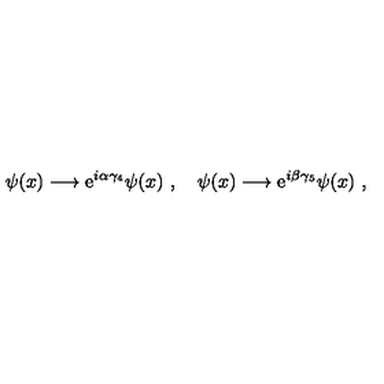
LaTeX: \psi ( x ) \longrightarrow { \mathrm e } ^ { i \alpha \gamma _ { 4 } } \psi ( x ) \ , \quad \psi ( x ) \longrightarrow { \mathrm e } ^ { i \beta \gamma _ { 5 } } \psi ( x ) \ ,